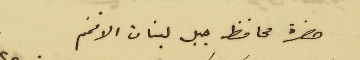
حضرة محافظ جبل لبنان الافخم